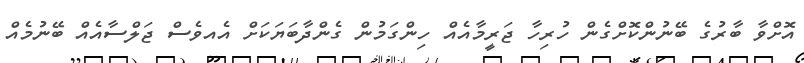
އޮށްވާ ބާރުގެ ބޭނުންކޮށްގެން ހުރިހާ ޖަރީމާއެއް ހިންގަމުން ގެންދާބަޔަކަށް އެއވެސް ޖަލްސާއެއް ބޭނުމެއް